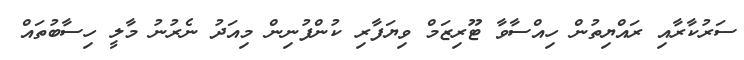
ސަރުކާރާއި ރައްޔިތުން ހިއްސާވާ ޓޫރިޒަމް ވިޔަފާރި ކުންފުނިން މިއަދު ނެރުނު މާލީ ހިސާބުތައް